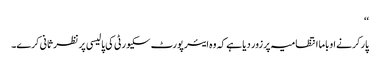
‘‘
پارکر نے اوباما انتظامیہ پر زور دیا ہے کہ وہ ایئر پورٹ سکیورٹی کی پالیسی پر نظر ثانی کرے۔